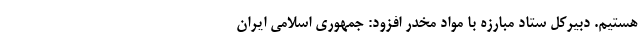
هستیم. دبیرکل ستاد مبارزه با مواد مخدر افزود: جمهوری اسلامی ایران